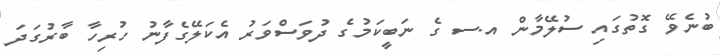
ބުނެވޭ ގޮތުގައި ސުލޭމާން އ.ސ ގެ ނަބީކަމުގެ ދުވަސްވަރު އެކަލޭގެފާނު ހުރިހާ ބާރުގަދަ